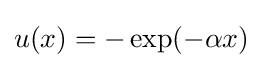
u(x)=-\exp(-\alpha x)